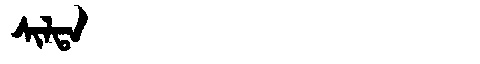
Manchu: ᠰᡳᠯᡨᠠ
Romanization: SILTA